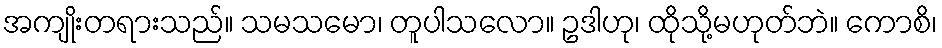
အကျိုးတရားသည်။ သမသမော၊ တူပါသလော။ ဥဒါဟု၊ ထိုသို့မဟုတ်ဘဲ။ ကောစိ၊